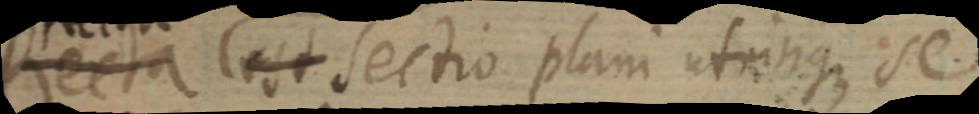
Recta est sectio plani utrinque se